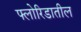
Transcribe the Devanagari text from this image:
फ्लोरिडातील